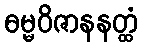
ဓမ္မဝိဇာနနတ္ထံ